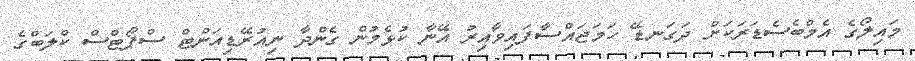
މައިލޯގެ އެމްބެސެޑަރަކަށް ދަގަނޑޭ ހަމަޖައްސާފައިވާއިރު އޭނާ ކުޅެމުން ގެންދާ ނިއުރޭޑިއަންޓް ސްޕޯޓްސް ކްލަބްގެ